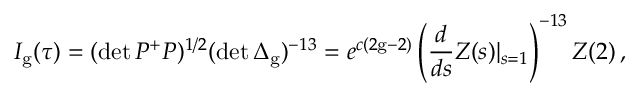
I _ { \mathrm { g } } ( \tau ) = ( \operatorname * { d e t } P ^ { + } P ) ^ { 1 / 2 } ( \operatorname * { d e t } \Delta _ { \mathrm { g } } ) ^ { - 1 3 } = e ^ { c ( 2 \mathrm { g } - 2 ) } \left( \frac { d } { d s } Z ( s ) | _ { s = 1 } \right) ^ { - 1 3 } Z ( 2 ) \, ,